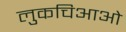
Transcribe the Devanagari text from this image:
लुकचिआओ